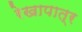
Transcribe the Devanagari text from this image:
रेखापात्र